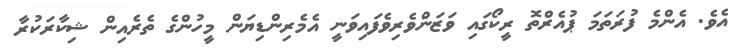
އެވެ. އެންމެ ފުރަތަމަ ޕުއެރްތޮ ރީކޯގައި ވަޒަންވެރިވެފައިވަނީ އެމެރިންޑިޔަން މީހުންގެ ތެރެއިން ޝިކާރަކުރާ